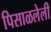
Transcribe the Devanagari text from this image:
पिसाळलेली